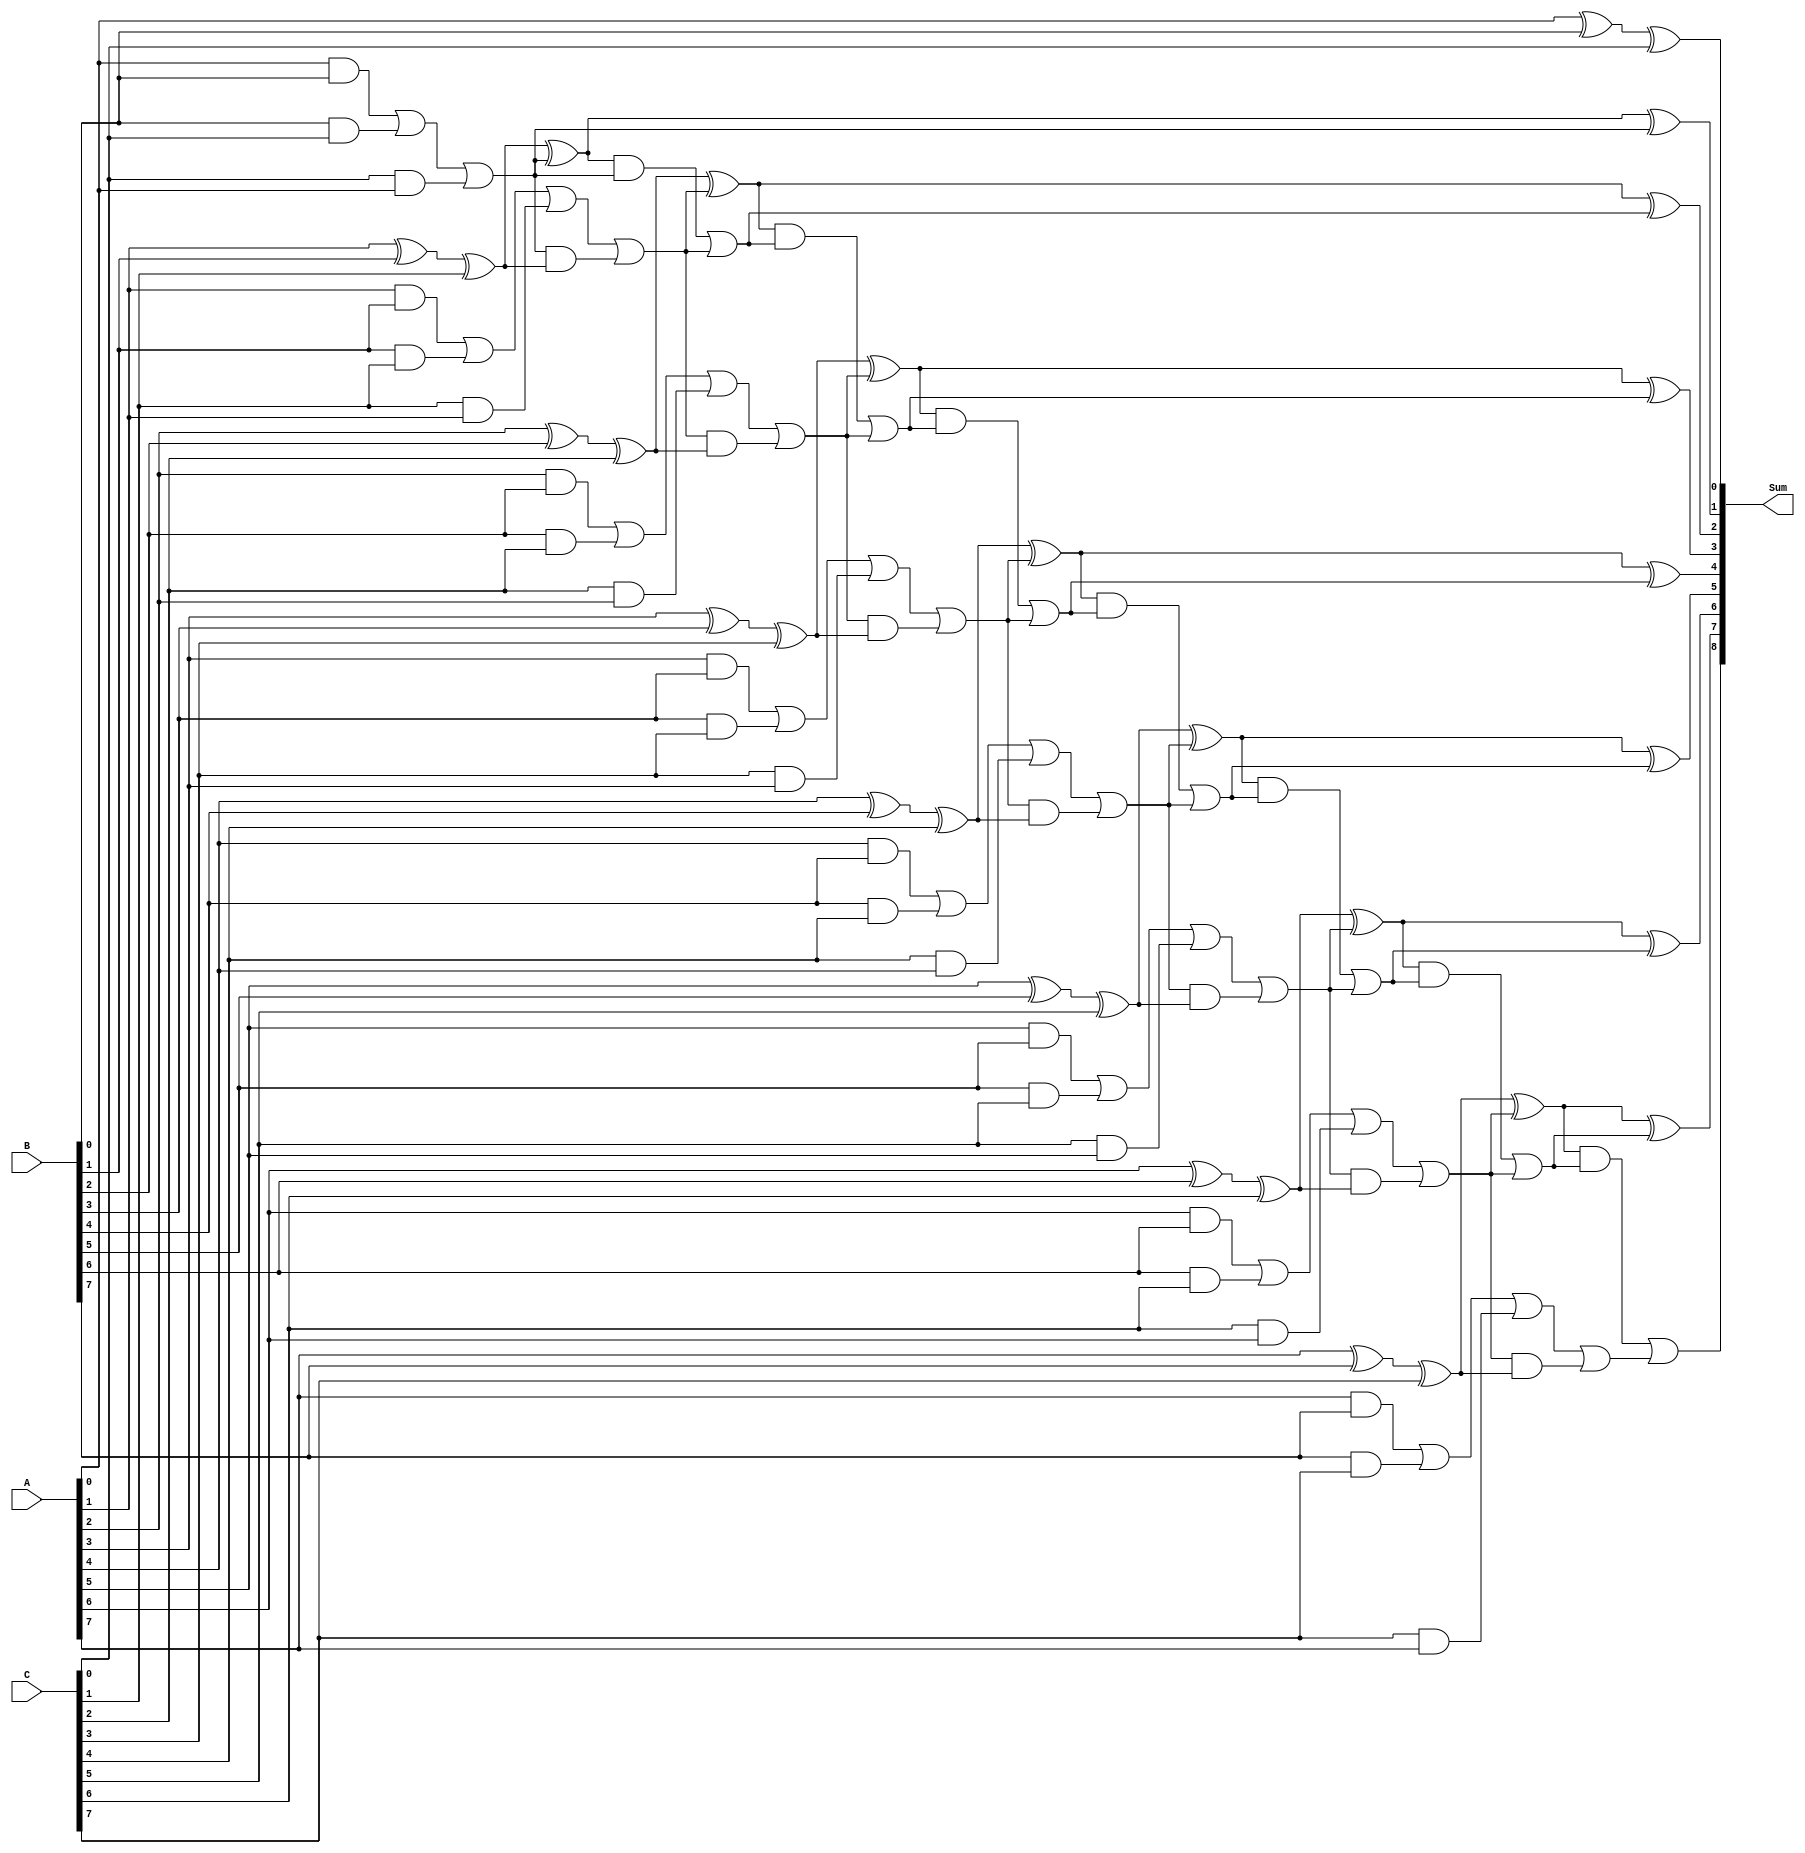
module carry_save_adder #(parameter N = 8) (
    input  [N-1:0] A,  // First operand
    input  [N-1:0] B,  // Second operand
    input  [N-1:0] C,  // Third operand
    output [N:0] Sum   // Final sum output (N+1 bits to accommodate carry)
);

// Intermediate signals for carry save stage
wire [N-1:0] sum1, carry1;
wire [N-1:0] sum2, carry2;

// Carry Save Stage: Full Adders for A, B, and C
genvar i;
generate
    for (i = 0; i < N; i = i + 1) begin : CSA
        if (i == 0) begin
            // First bit: A[0], B[0], C[0]
            assign sum1[i] = A[i] ^ B[i] ^ C[i];
            assign carry1[i] = (A[i] & B[i]) | (B[i] & C[i]) | (C[i] & A[i]);
        end else begin
            // Subsequent bits
            assign sum1[i] = A[i] ^ B[i] ^ C[i] ^ carry1[i-1];
            assign carry1[i] = (A[i] & B[i]) | (B[i] & C[i]) | (C[i] & A[i]) | (carry1[i-1] & (A[i] ^ B[i] ^ C[i]));
        end
    end
endgenerate

// Carry Propagation Stage: Ripple Carry Adder
wire [N-1:0] final_sum;
wire [N-1:0] final_carry;

assign final_sum[0] = sum1[0];
assign final_carry[0] = carry1[0];

generate
    for (i = 1; i < N; i = i + 1) begin : RCA
        assign final_sum[i] = sum1[i] ^ final_carry[i-1];
        assign final_carry[i] = (sum1[i] & final_carry[i-1]) | carry1[i];
    end
endgenerate

// Final output: Sum and Carry
assign Sum = {final_carry[N-1], final_sum};

endmodule